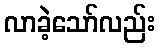
လာခဲ့သော်လည်း